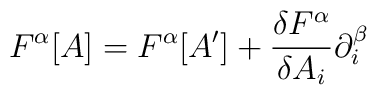
F^{\alpha }[A]=F^{\alpha }[A']+\frac{\delta F^{\alpha }}{\delta A_{i}}\partial ^{\beta }_{i}